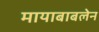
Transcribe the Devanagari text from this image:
मायाबाबलेन